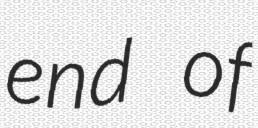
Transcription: end of